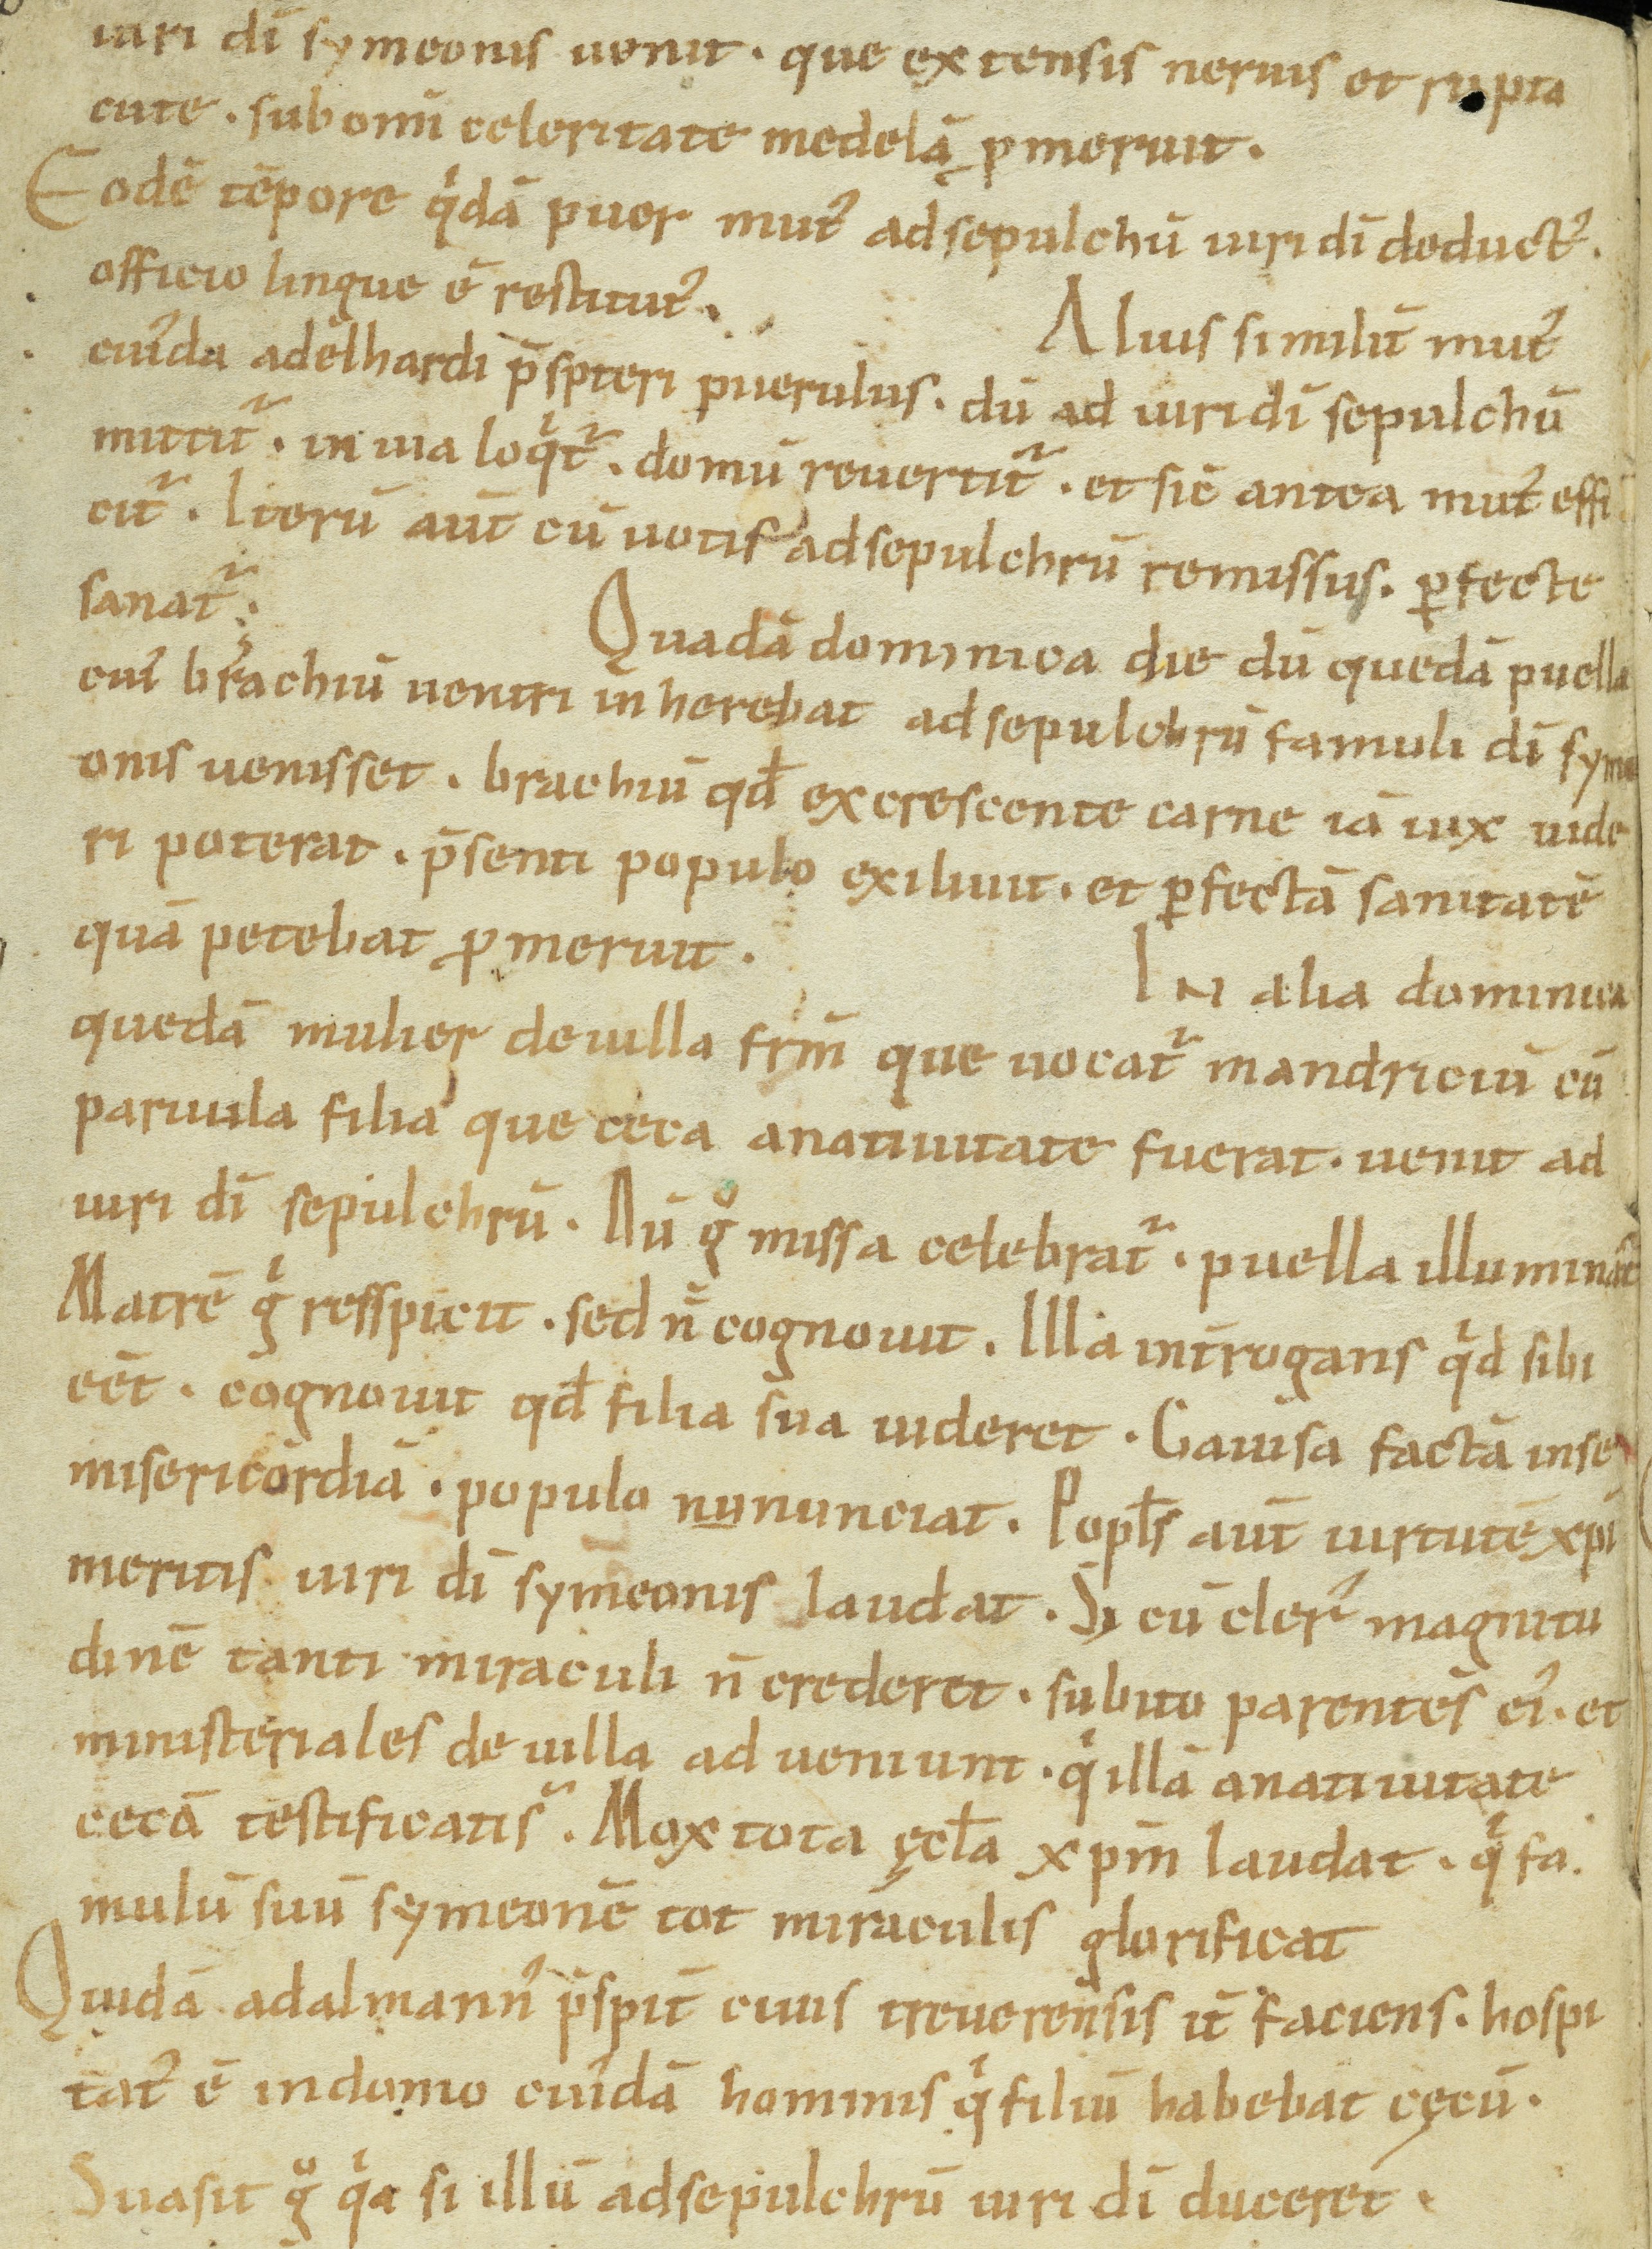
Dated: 900–932